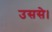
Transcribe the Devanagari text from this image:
उससे।